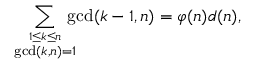
\sum _ { \stackrel { 1 \leq k \leq n } { \operatorname* { g c d } ( k , n ) = 1 } } \! \! \! \! \operatorname* { g c d } ( k - 1 , n ) = \varphi ( n ) d ( n ) ,